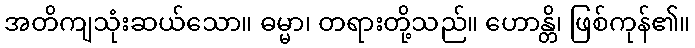
အတိကျသုံးဆယ်သော။ ဓမ္မာ၊ တရားတို့သည်။ ဟောန္တိ၊ ဖြစ်ကုန်၏။